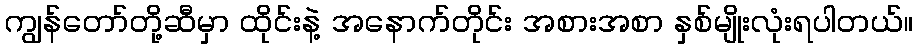
ကျွန်တော်တို့ဆီမှာ ထိုင်းနဲ့ အနောက်တိုင်း အစားအစာ နှစ်မျိုးလုံးရပါတယ်။